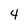
Character: 4